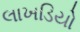
લાખડિયો